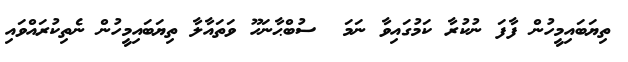
ތިޔަބައިމީހުން ފާފަ ނުކުރާ ކަމުގައިވާ ނަމަ  ސުބްޙާނަހޫ ވަތައާލާ ތިޔަބައިމީހުން ނެތިކުރައްވައި